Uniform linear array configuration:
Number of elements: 48
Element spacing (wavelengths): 0.5
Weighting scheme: hann
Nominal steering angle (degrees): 30
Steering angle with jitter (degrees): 28.456
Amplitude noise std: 0.05
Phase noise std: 0.05

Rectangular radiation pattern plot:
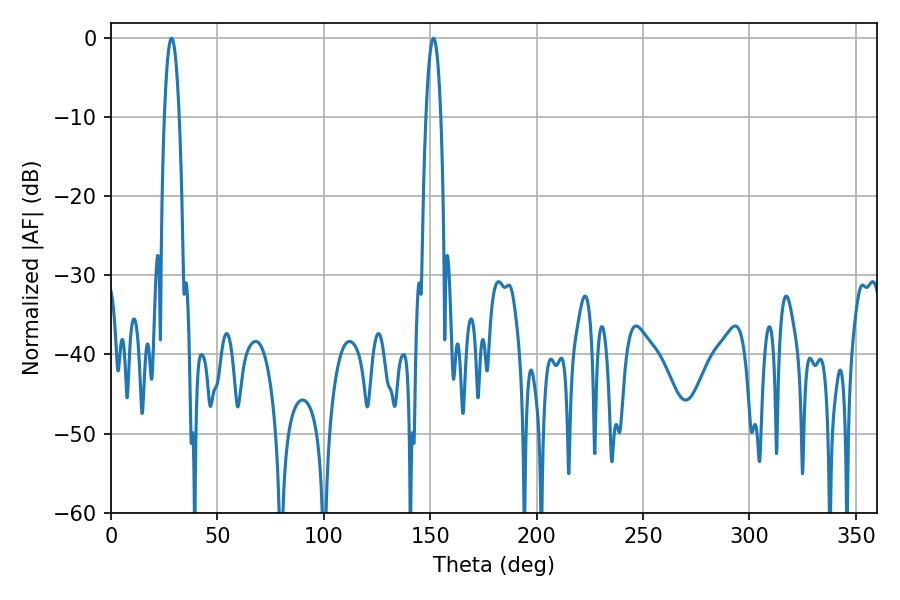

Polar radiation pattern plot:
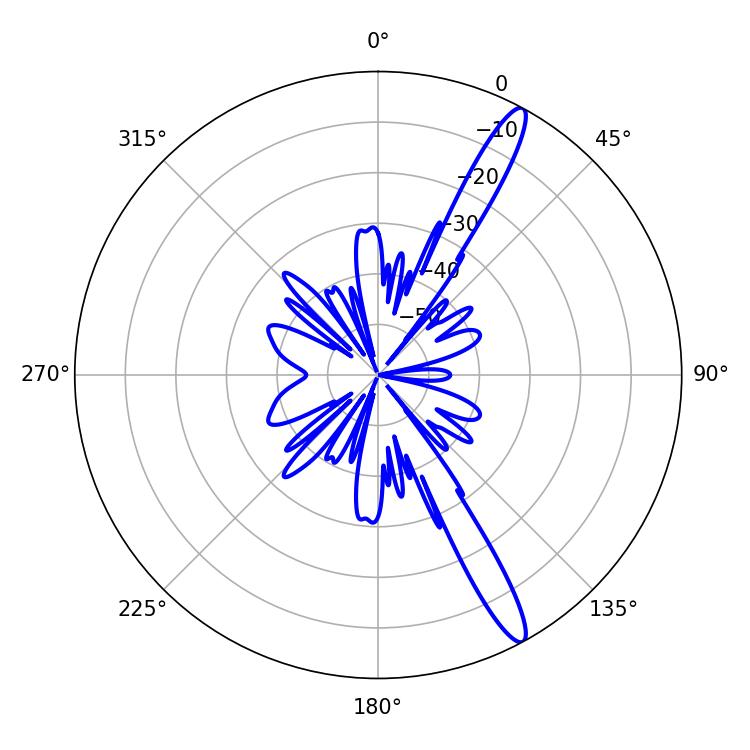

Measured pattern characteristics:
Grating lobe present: FALSE
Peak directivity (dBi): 14.581
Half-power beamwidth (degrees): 3.78
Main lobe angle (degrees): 28.44